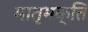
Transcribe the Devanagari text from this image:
मातृभक्ति